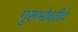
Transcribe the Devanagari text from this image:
गुरूभोवतीचे